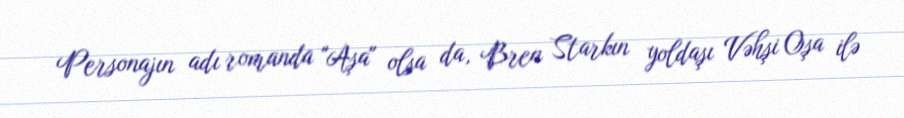
Personajın adı romanda "Aşa" olsa da, Bren Starkın yoldaşı Vəhşi Oşa ilə